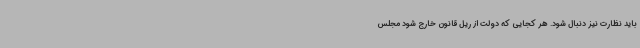
باید نظارت نیز دنبال شود. هر کجایی که دولت از ریل قانون خارج شود مجلس